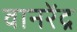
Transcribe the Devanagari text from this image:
वानरेंद्र